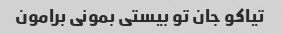
تیاکو جان تو بیستی بمونی برامون